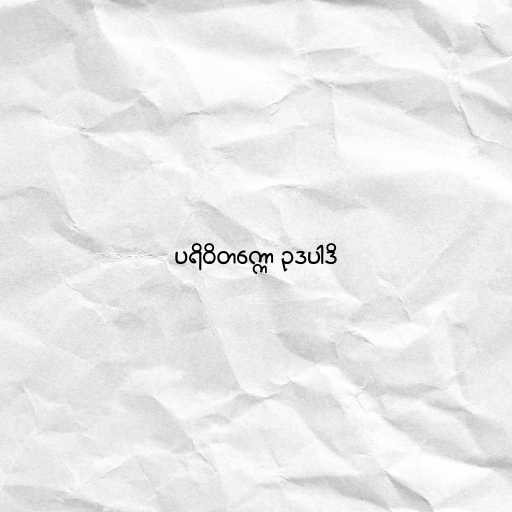
ပရိဝိတက္ကော ဥဒပါဒိ